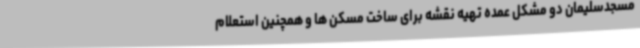
مسجدسلیمان دو مشکل عمده تهیه نقشه برای ساخت مسکن ها و همچنین استعلام